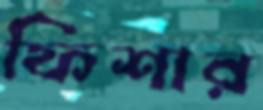
ফিশার